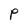
Character: P